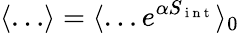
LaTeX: \langle\ldots\rangle=\langle\ldots e^{\alpha S_{\mathrm{~i~n~t~}}}\rangle_{0}